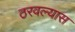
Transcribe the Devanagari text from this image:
ठरवल्यास